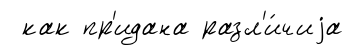
как пр'идана разл'и́чиjа